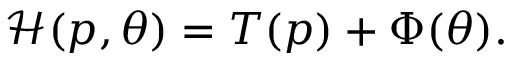
\begin{array} { r } { \mathcal { H } ( p , \theta ) = T ( p ) + \Phi ( \theta ) . } \end{array}